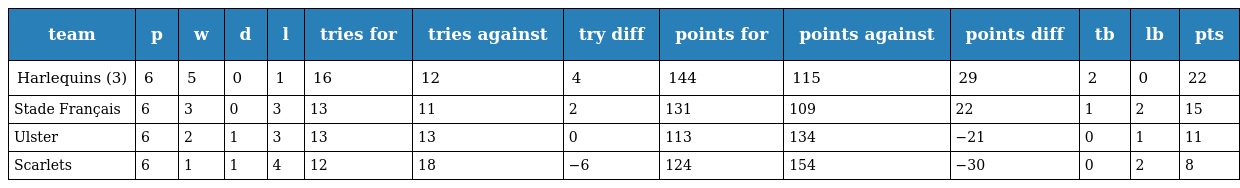
| team | p | w | d | l | tries for | tries against | try diff | points for | points against | points diff | tb | lb | pts |
 | --- | --- | --- | --- | --- | --- | --- | --- | --- | --- | --- | --- | --- | --- |
 | Harlequins (3) | 6 | 5 | 0 | 1 | 16 | 12 | 4 | 144 | 115 | 29 | 2 | 0 | 22 |
 | Stade Français | 6 | 3 | 0 | 3 | 13 | 11 | 2 | 131 | 109 | 22 | 1 | 2 | 15 |
 | Ulster | 6 | 2 | 1 | 3 | 13 | 13 | 0 | 113 | 134 | −21 | 0 | 1 | 11 |
 | Scarlets | 6 | 1 | 1 | 4 | 12 | 18 | −6 | 124 | 154 | −30 | 0 | 2 | 8 |